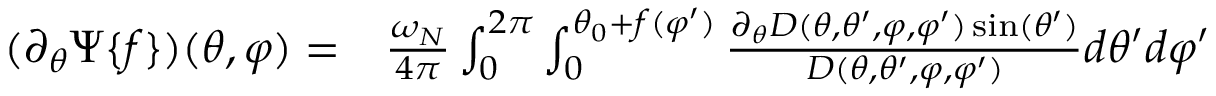
\begin{array} { r l } { ( \partial _ { \theta } \Psi \{ f \} ) ( \theta , \varphi ) = } & { { } \frac { \omega _ { N } } { 4 \pi } \int _ { 0 } ^ { 2 \pi } \int _ { 0 } ^ { \theta _ { 0 } + f ( \varphi ^ { \prime } ) } \frac { \partial _ { \theta } D ( \theta , \theta ^ { \prime } , \varphi , \varphi ^ { \prime } ) \sin ( \theta ^ { \prime } ) } { D ( \theta , \theta ^ { \prime } , \varphi , \varphi ^ { \prime } ) } d \theta ^ { \prime } d \varphi ^ { \prime } } \end{array}